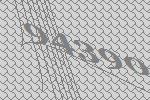
94390